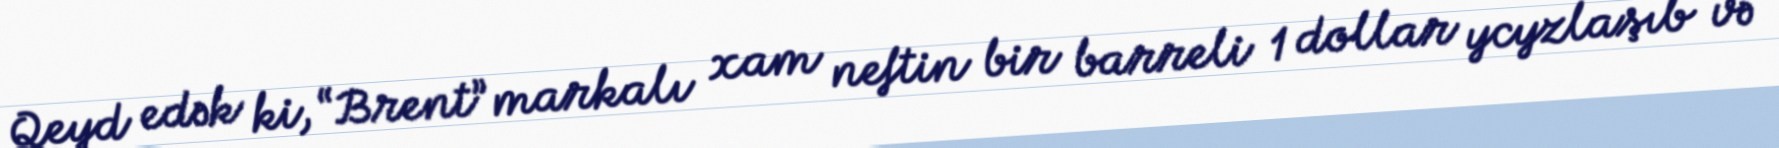
Qeyd edək ki, “Brent” markalı xam neftin bir barreli 1 dollar ycyzlaşıb və